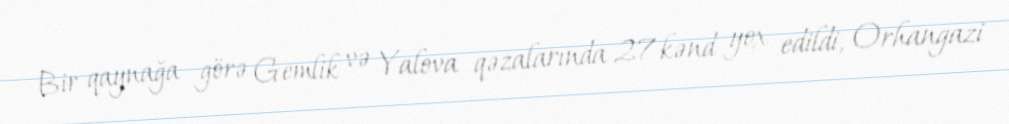
Bir qaynağa görə Gemlik və Yalova qəzalarında 27 kənd yox edildi, Orhangazi